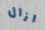
ازال